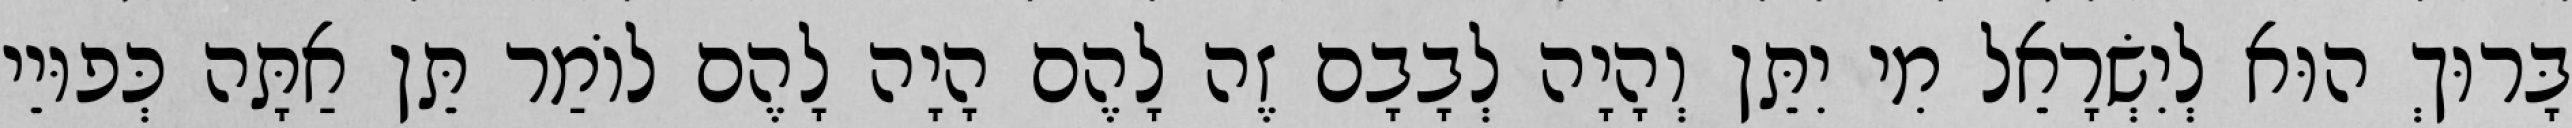
בָּרוּךְ הוּא לְיִשְׂרָאֵל מִי יִתֵּן וְהָיָה לְבָבָם זֶה לָהֶם הָיָה לָהֶם לוֹמַר תֵּן אַתָּה כְּפוּיֵי